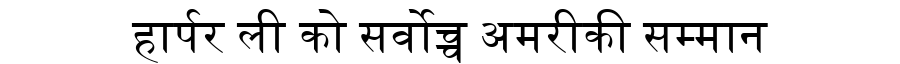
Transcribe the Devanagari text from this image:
हार्पर ली को सर्वोच्च अमरीकी सम्मान